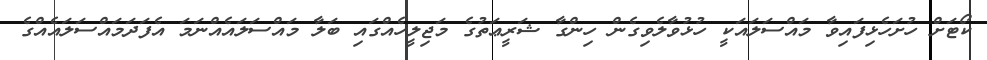
ކޯޓަށް ހުށަހެޅިފައިވާ މައްސަލައަކީ ހުޅުވާލެވިގެން ހިންގާ ޝަރީޢަތުގެ މަޖިލީހެއްގައި ބަލާ މައްސަލައެއްނަމަ އެފަދަމައްސަލައެއްގެ